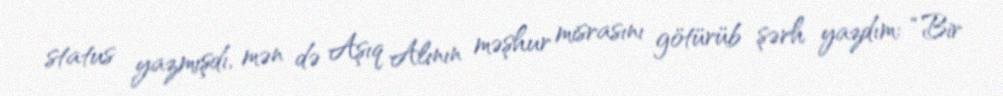
status yazmışdı, mən də Aşıq Alının məşhur misrasını götürüb şərh yazdım: “Bir